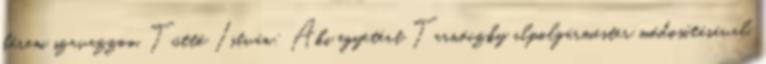
kérem szavazzon. Tüttő István: Aki egyetért Tarnóczky alpolgármester módosításával,